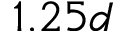
1 . 2 5 d